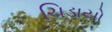
ચિડાયો